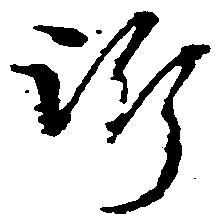
訴